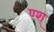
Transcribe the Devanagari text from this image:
ण्श्